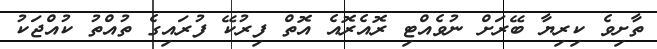
ތާށިވެ ކިރިޔާ ބޭރަށް ނުވެއްޓި ރޮއެރޮއެ އޮތް ފިރުކޭ ފުރައިގެ ތުއްތު ކުއްޖަކު